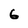
Character: 6